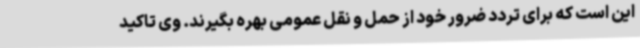
این است که برای تردد ضرور خود از حمل و نقل عمومی بهره بگیرند. وی تاکید